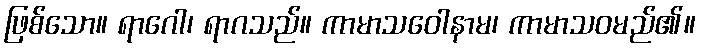
ဖြစ်သော။ ရာဂေါ၊ ရာဂသည်။ ကာမာသဝေါနာမ၊ ကာမာသဝမည်၏။